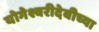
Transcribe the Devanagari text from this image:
योगेश्वरीदेवीच्या